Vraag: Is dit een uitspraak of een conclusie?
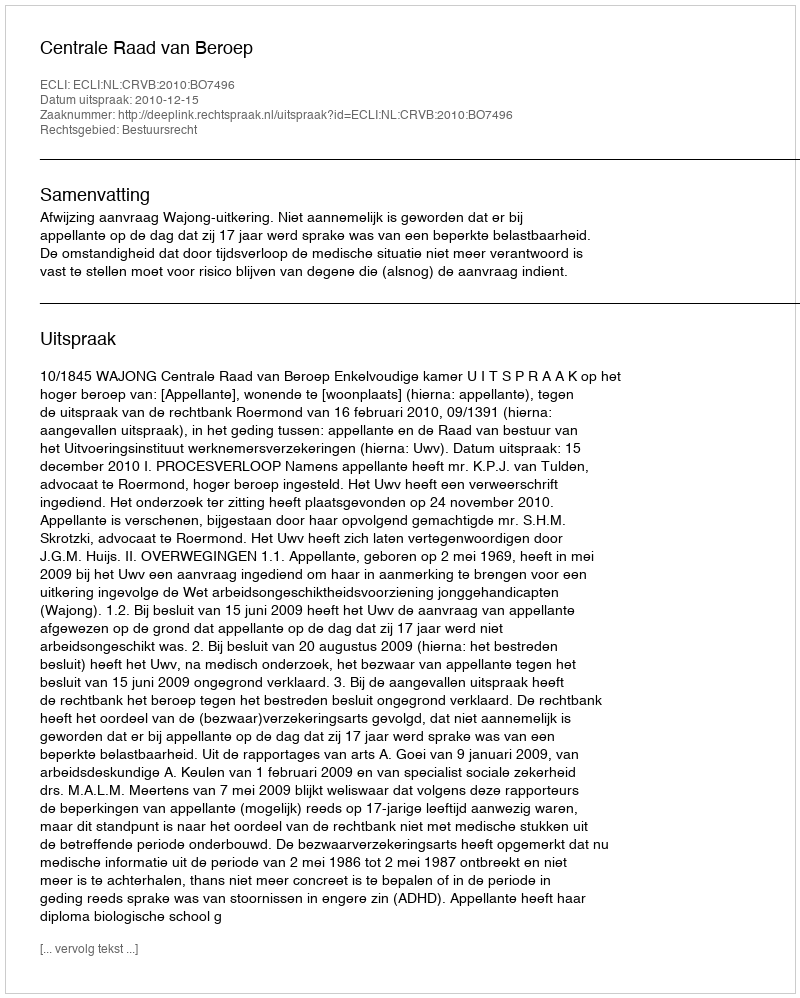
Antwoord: Uitspraak